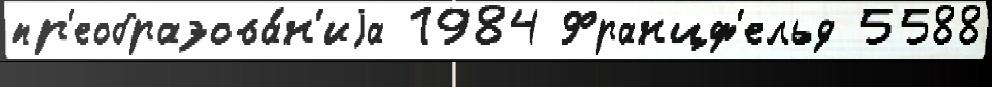
пр'еобразова́н'иjа 1984 Францф'ельд 5588